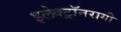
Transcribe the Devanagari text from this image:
इलेक्ट्रॉनरागी